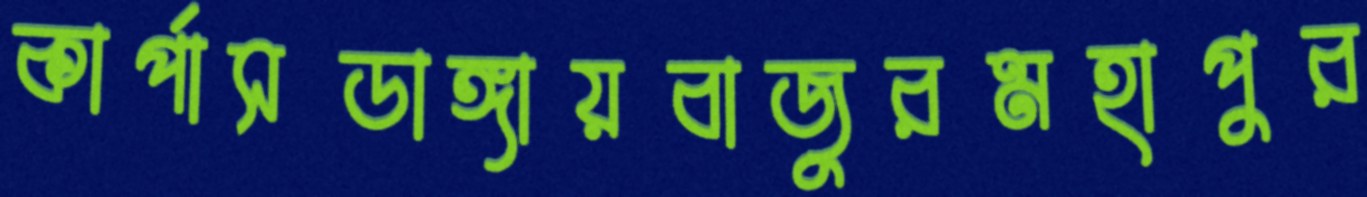
কার্পাসডাঙ্গায়বাজুরমহাপুর